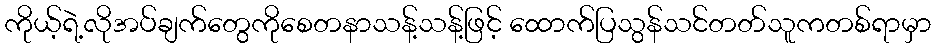
ကိုယ့်ရဲ့လိုအပ်ချက်တွေကိုစေတနာသန့်သန့်ဖြင့် ထောက်ပြသွန်သင်တတ်သူကတစ်ရာမှာ